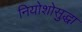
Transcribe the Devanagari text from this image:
नियोशोसुद्धा